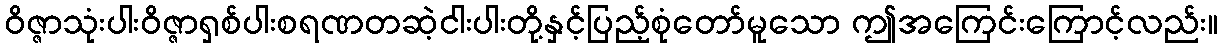
ဝိဇ္ဇာသုံးပါးဝိဇ္ဇာရှစ်ပါးစရဏတဆဲ့ငါးပါးတို့နှင့်ပြည့်စုံတော်မူသော ဤအကြေင်းကြောင့်လည်း။